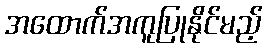
အထောက်အကူပြုနိုင်မည့်